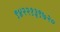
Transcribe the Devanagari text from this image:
९४२२१३९७२०